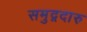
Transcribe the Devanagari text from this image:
समुद्गदारु